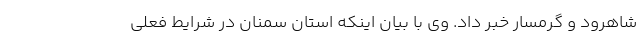
شاهرود و گرمسار خبر داد. وی با بیان اینکه استان سمنان در شرایط فعلی